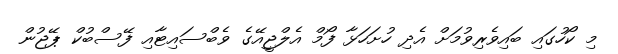
މި ކޯހުގައި ބައިވެރިވުމަށް އެދި ހުށަހަޅާ ފޯމް އެލްޖީއޭގެ ވެބްސައިޓާއި ފޭސްބުކް ޕޭޖުން